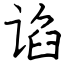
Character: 谄